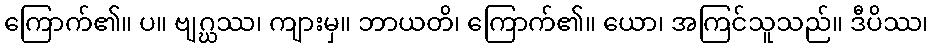
ကြောက်၏။ ပ။ ဗျဂ္ဃဿ၊ ကျားမှ။ ဘာယတိ၊ ကြောက်၏။ ယော၊ အကြင်သူသည်။ ဒီပိဿ၊